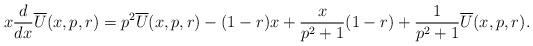
LaTeX: \begin{align*}x\frac{d}{dx}\overline{U}(x,p,r)=p^2\overline{U}(x,p,r)-(1-r)x+\frac{x}{p^2+1}(1-r)+\frac{1}{p^2+1}\overline{U}(x,p,r).\end{align*}